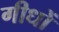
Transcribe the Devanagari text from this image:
गीधों